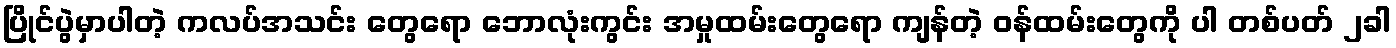
ပြိုင်ပွဲမှာပါတဲ့ ကလပ်အသင်း တွေရော ဘောလုံးကွင်း အမှုထမ်းတွေရော ကျန်တဲ့ ဝန်ထမ်းတွေကို ပါ တစ်ပတ် ၂ခါ